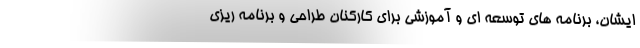
ایشان، برنامه های توسعه ای و آموزشی برای کارکنان طراحی و برنامه ریزی